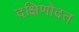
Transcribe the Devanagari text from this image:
दक्षिणोदत